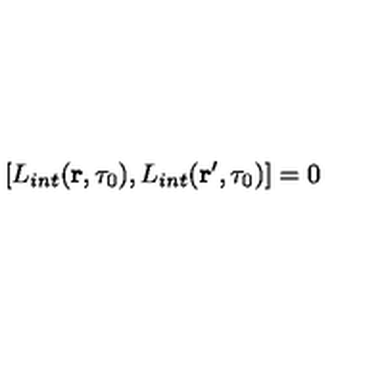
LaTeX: [ L _ { i n t } ( { \bf r } , \tau _ { 0 } ) , L _ { i n t } ( { \bf r ^ { \prime } } , \tau _ { 0 } ) ] = 0